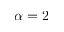
\alpha = 2